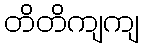
တိတိကျကျ